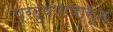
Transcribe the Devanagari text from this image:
प्रदुषणापासून